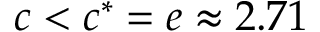
c < c ^ { * } = e \approx 2 . 7 1